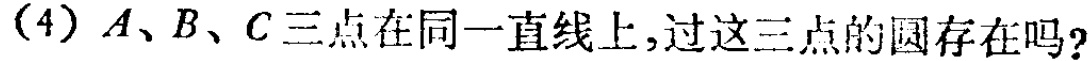
(4) \(A、B、C\)三点在同一直线上,过这三点的圆存在吗?